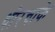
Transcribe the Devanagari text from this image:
थोरचाके